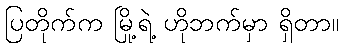
ပြတိုက်က မြို့ရဲ့ ဟိုဘက်မှာ ရှိတာ။